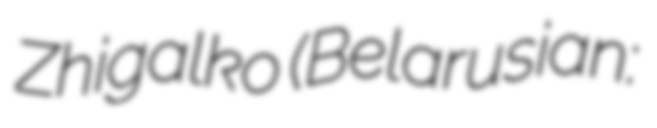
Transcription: Zhigalko (Belarusian: Сяргей